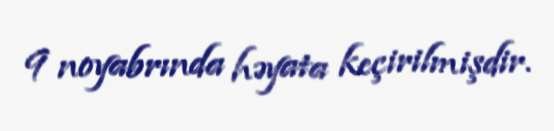
9 noyabrında həyata keçirilmişdir.